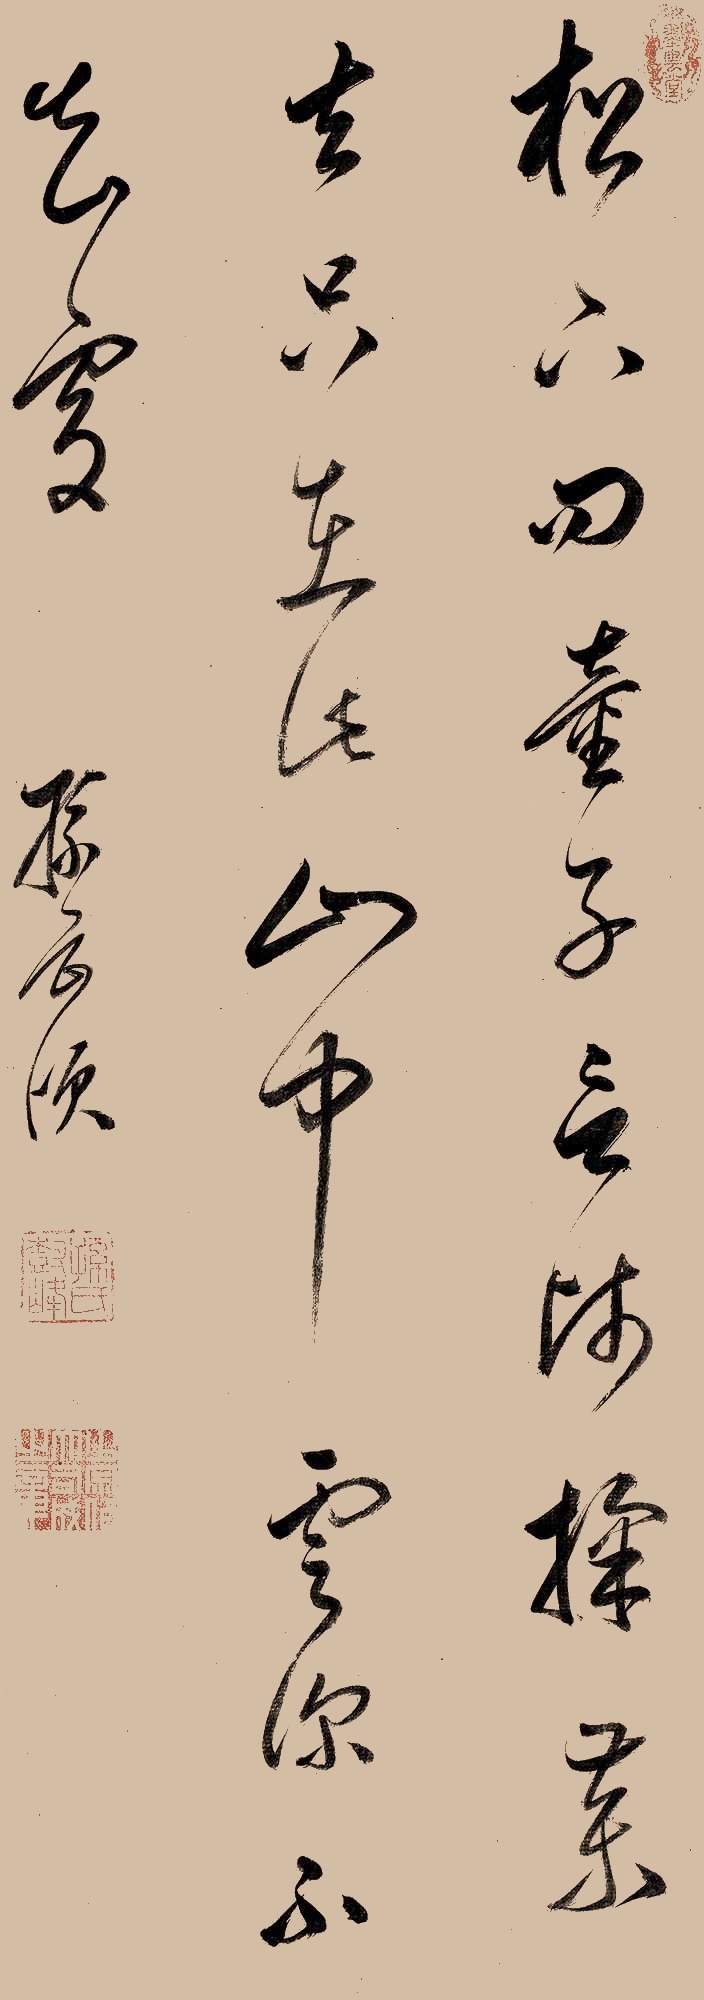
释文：松下问童子，言师采药去。只在此山中，云深不知处。孙岳颁。